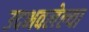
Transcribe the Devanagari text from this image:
उदभवलेल्या